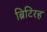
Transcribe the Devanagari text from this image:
ब्रिटिरह